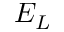
E _ { L }